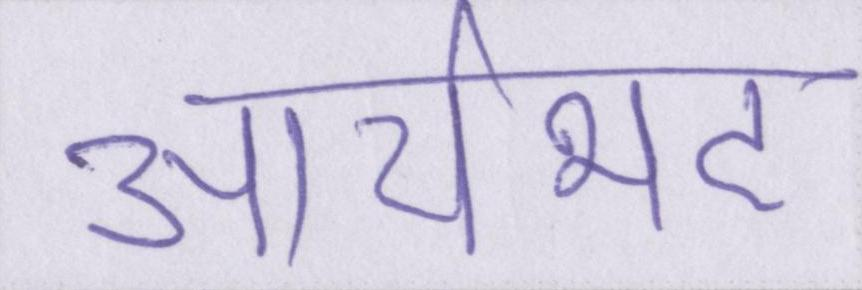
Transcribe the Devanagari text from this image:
आर्यभट